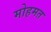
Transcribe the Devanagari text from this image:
मोहमत